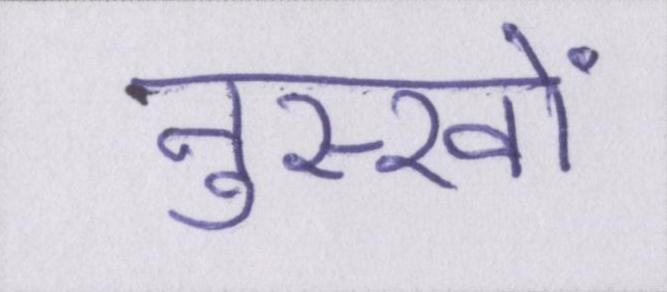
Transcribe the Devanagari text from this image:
नुस्खों